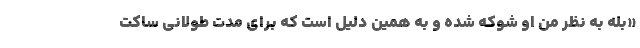
«بله به نظر من او شوکه شده و به همین دلیل است که برای مدت طولانی ساکت